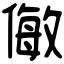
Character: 𠍁